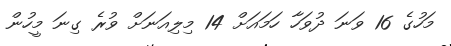
މަހުގެ 16 ވަނަ ދުވަހާ ހަމައަށް 14 މިލިއަނަށް ވުރެ ގިނަ މީހުން